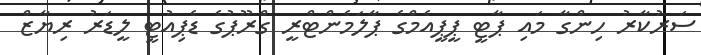
ސަރުކާރު ހިންގާ މައި ޕާޓީ ޕީޕީއެމްގެ ޕާލަމެންޓްރީ ގްރޫޕުގެ ޑެޕިއުޓީ ލީޑަރު ރިޔާޒް